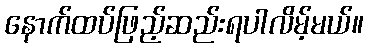
နောက်ထပ်ဖြည့်ဆည်းရပါလိမ့်မယ်။